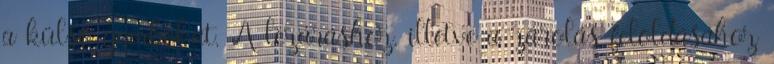
a külső gombokat. A lezáráshoz, illetve a zárolás feloldásához